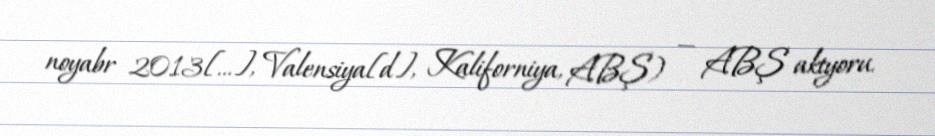
noyabr 2013[…], Valensiya[d], Kaliforniya, ABŞ) — ABŞ aktyoru.